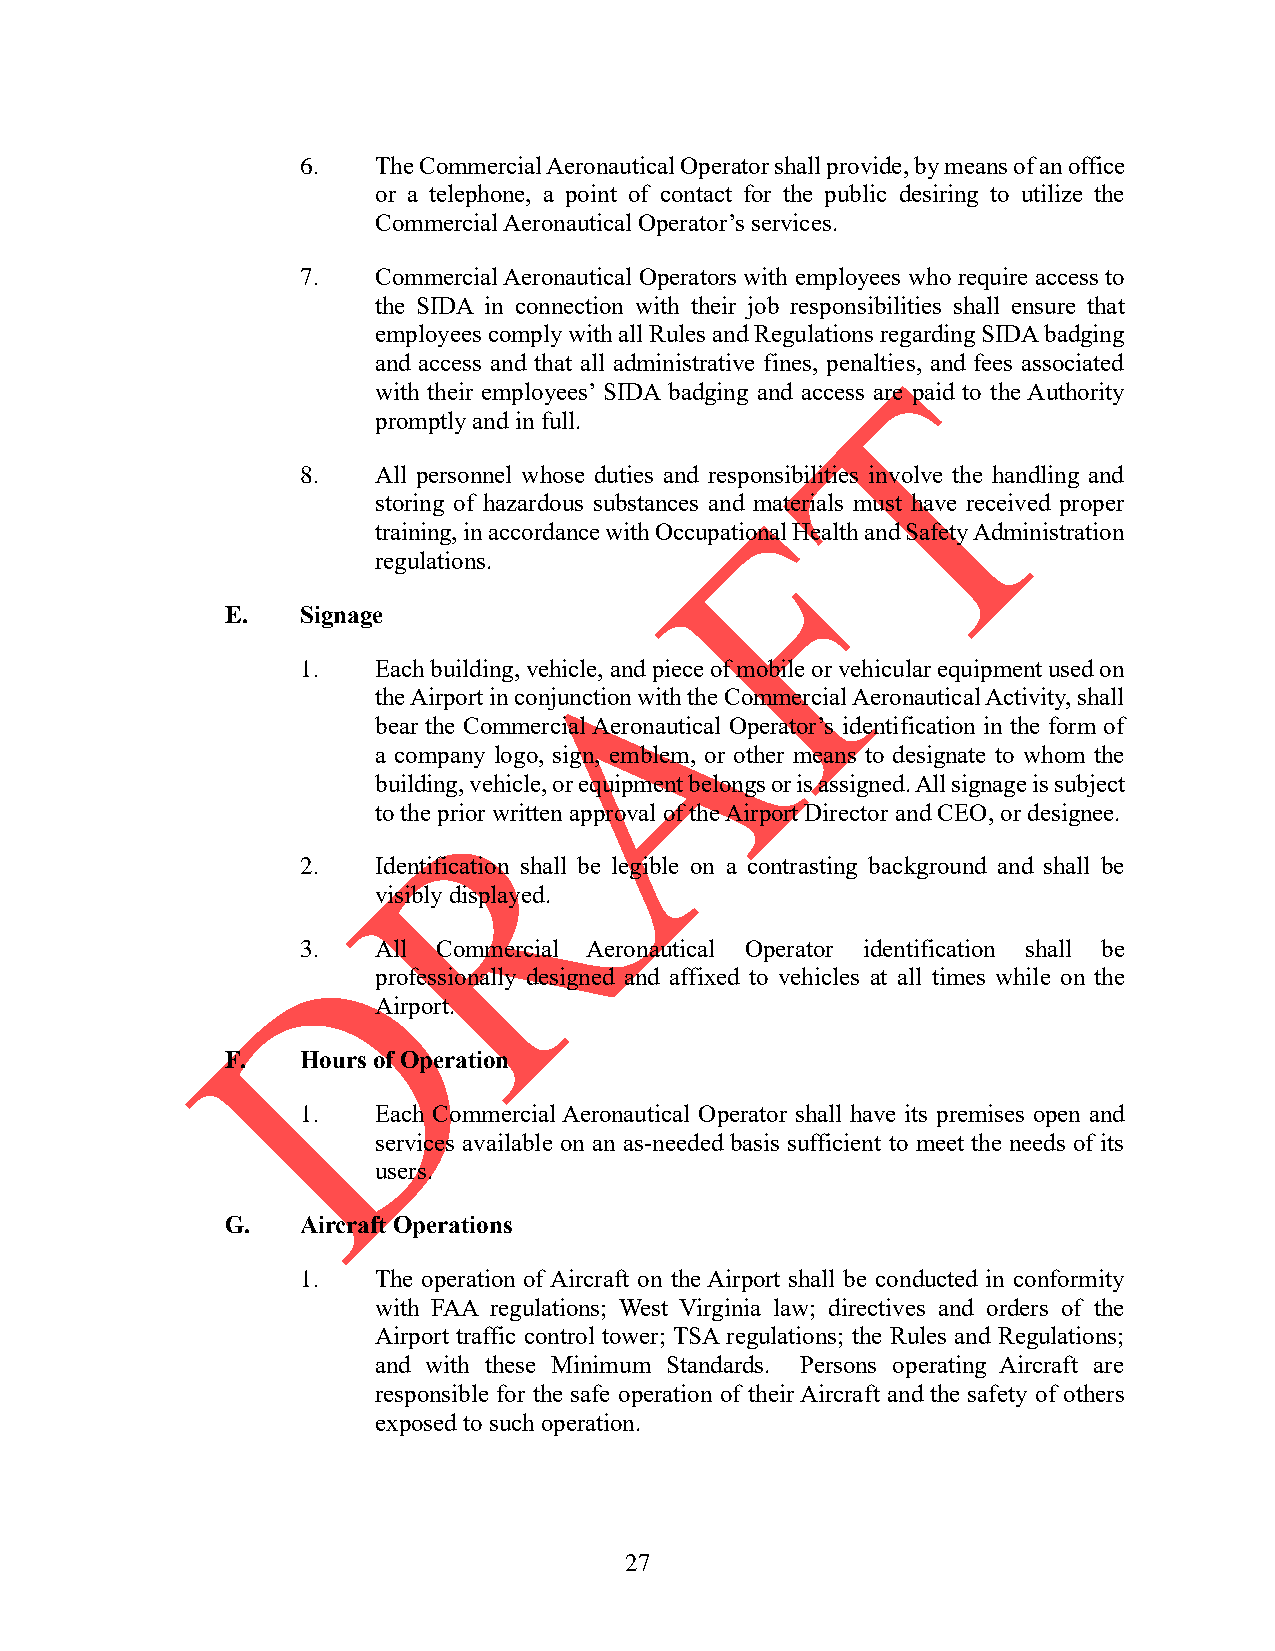
6.   The Commercial Aeronautical Operator shall provide, by means of an office
 or a telephone, a point of contact for the public desiring to utilize the
 Commercial Aeronautical Operator’s services.
 7.   Commercial Aeronautical Operators with employees who require access to
 the SIDA in connection with their job responsibilities shall ensure that
 employees comply with all Rules and Regulations regarding SIDA badging
 and access and that all administrative fines, penalties, and fees associated
 with their employees’ SIDA badging and access are paid to the Authority
 promptly and in full.
 8.   All personnel whose duties and responsibilities involve the handling and
 storing of hazardous substances and materials must have received proper
 training, in accordance with Occupational Health and Safety Administration
 regulations.
 E.   Signage
 1.   Each building, vehicle, and piece of mobile or vehicular equipment used on
 the Airport in conjunction with the Commercial Aeronautical Activity, shall
 bear the Commercial Aeronautical Operator’s identification in the form of
 a company logo, sign, emblem, or other means to designate to whom the
 building, vehicle, or equipment belongs or is assigned. All signage is subject
 to the prior written approval of the Airport Director and CEO, or designee.
 2.   Identification shall be legible on a contrasting background and shall be
 visibly displayed.
 3.   All Commercial Aeronautical Operator identification shall be
 professionally designed and affixed to vehicles at all times while on the
 Airport.
 F.   Hours of Operation
 1.   Each Commercial Aeronautical Operator shall have its premises open and
 services available on an as-needed basis sufficient to meet the needs of its
 users.
 G.   Aircraft Operations
 1.   The operation of Aircraft on the Airport shall be conducted in conformity
 with FAA regulations; West Virginia law; directives and orders of the
 Airport traffic control tower; TSA regulations; the Rules and Regulations;
 and with these Minimum Standards. Persons operating Aircraft are
 responsible for the safe operation of their Aircraft and the safety of others
 exposed to such operation.
 27